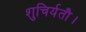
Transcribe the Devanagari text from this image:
शुचिर्यतौ।